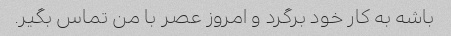
باشه به کار خود برگرد و امروز عصر با من تماس بگیر.